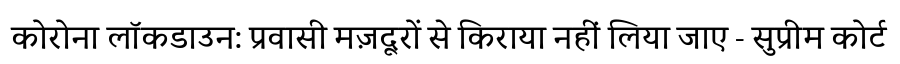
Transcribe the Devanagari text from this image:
कोरोना लॉकडाउन: प्रवासी मज़दूरों से किराया नहीं लिया जाए - सुप्रीम कोर्ट